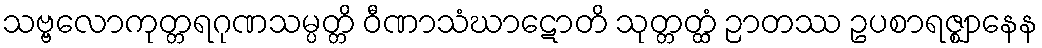
သဗ္ဗလောကုတ္တရဂုဏသမ္ပတ္တိ ဝီဏာသံဃာဋောတိ သုတ္တတ္ထံ ဉာတဿ ဥပစာရဇ္ဈာနေန